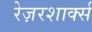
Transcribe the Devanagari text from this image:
रेज़रशार्क्स